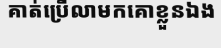
គាត់ប្រើលាមកគោខ្លួនឯង